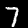
Digit: 7